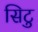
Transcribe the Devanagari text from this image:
सिटु